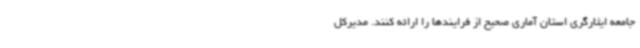
جامعه ایثارگری استان آماری صحیح از فرایندها را ارائه کنند. مدیرکل